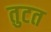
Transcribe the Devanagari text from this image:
तुटत